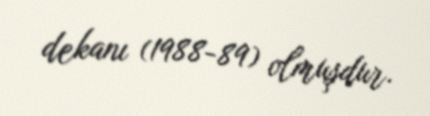
dekanı (1988-89) olmuşdur.